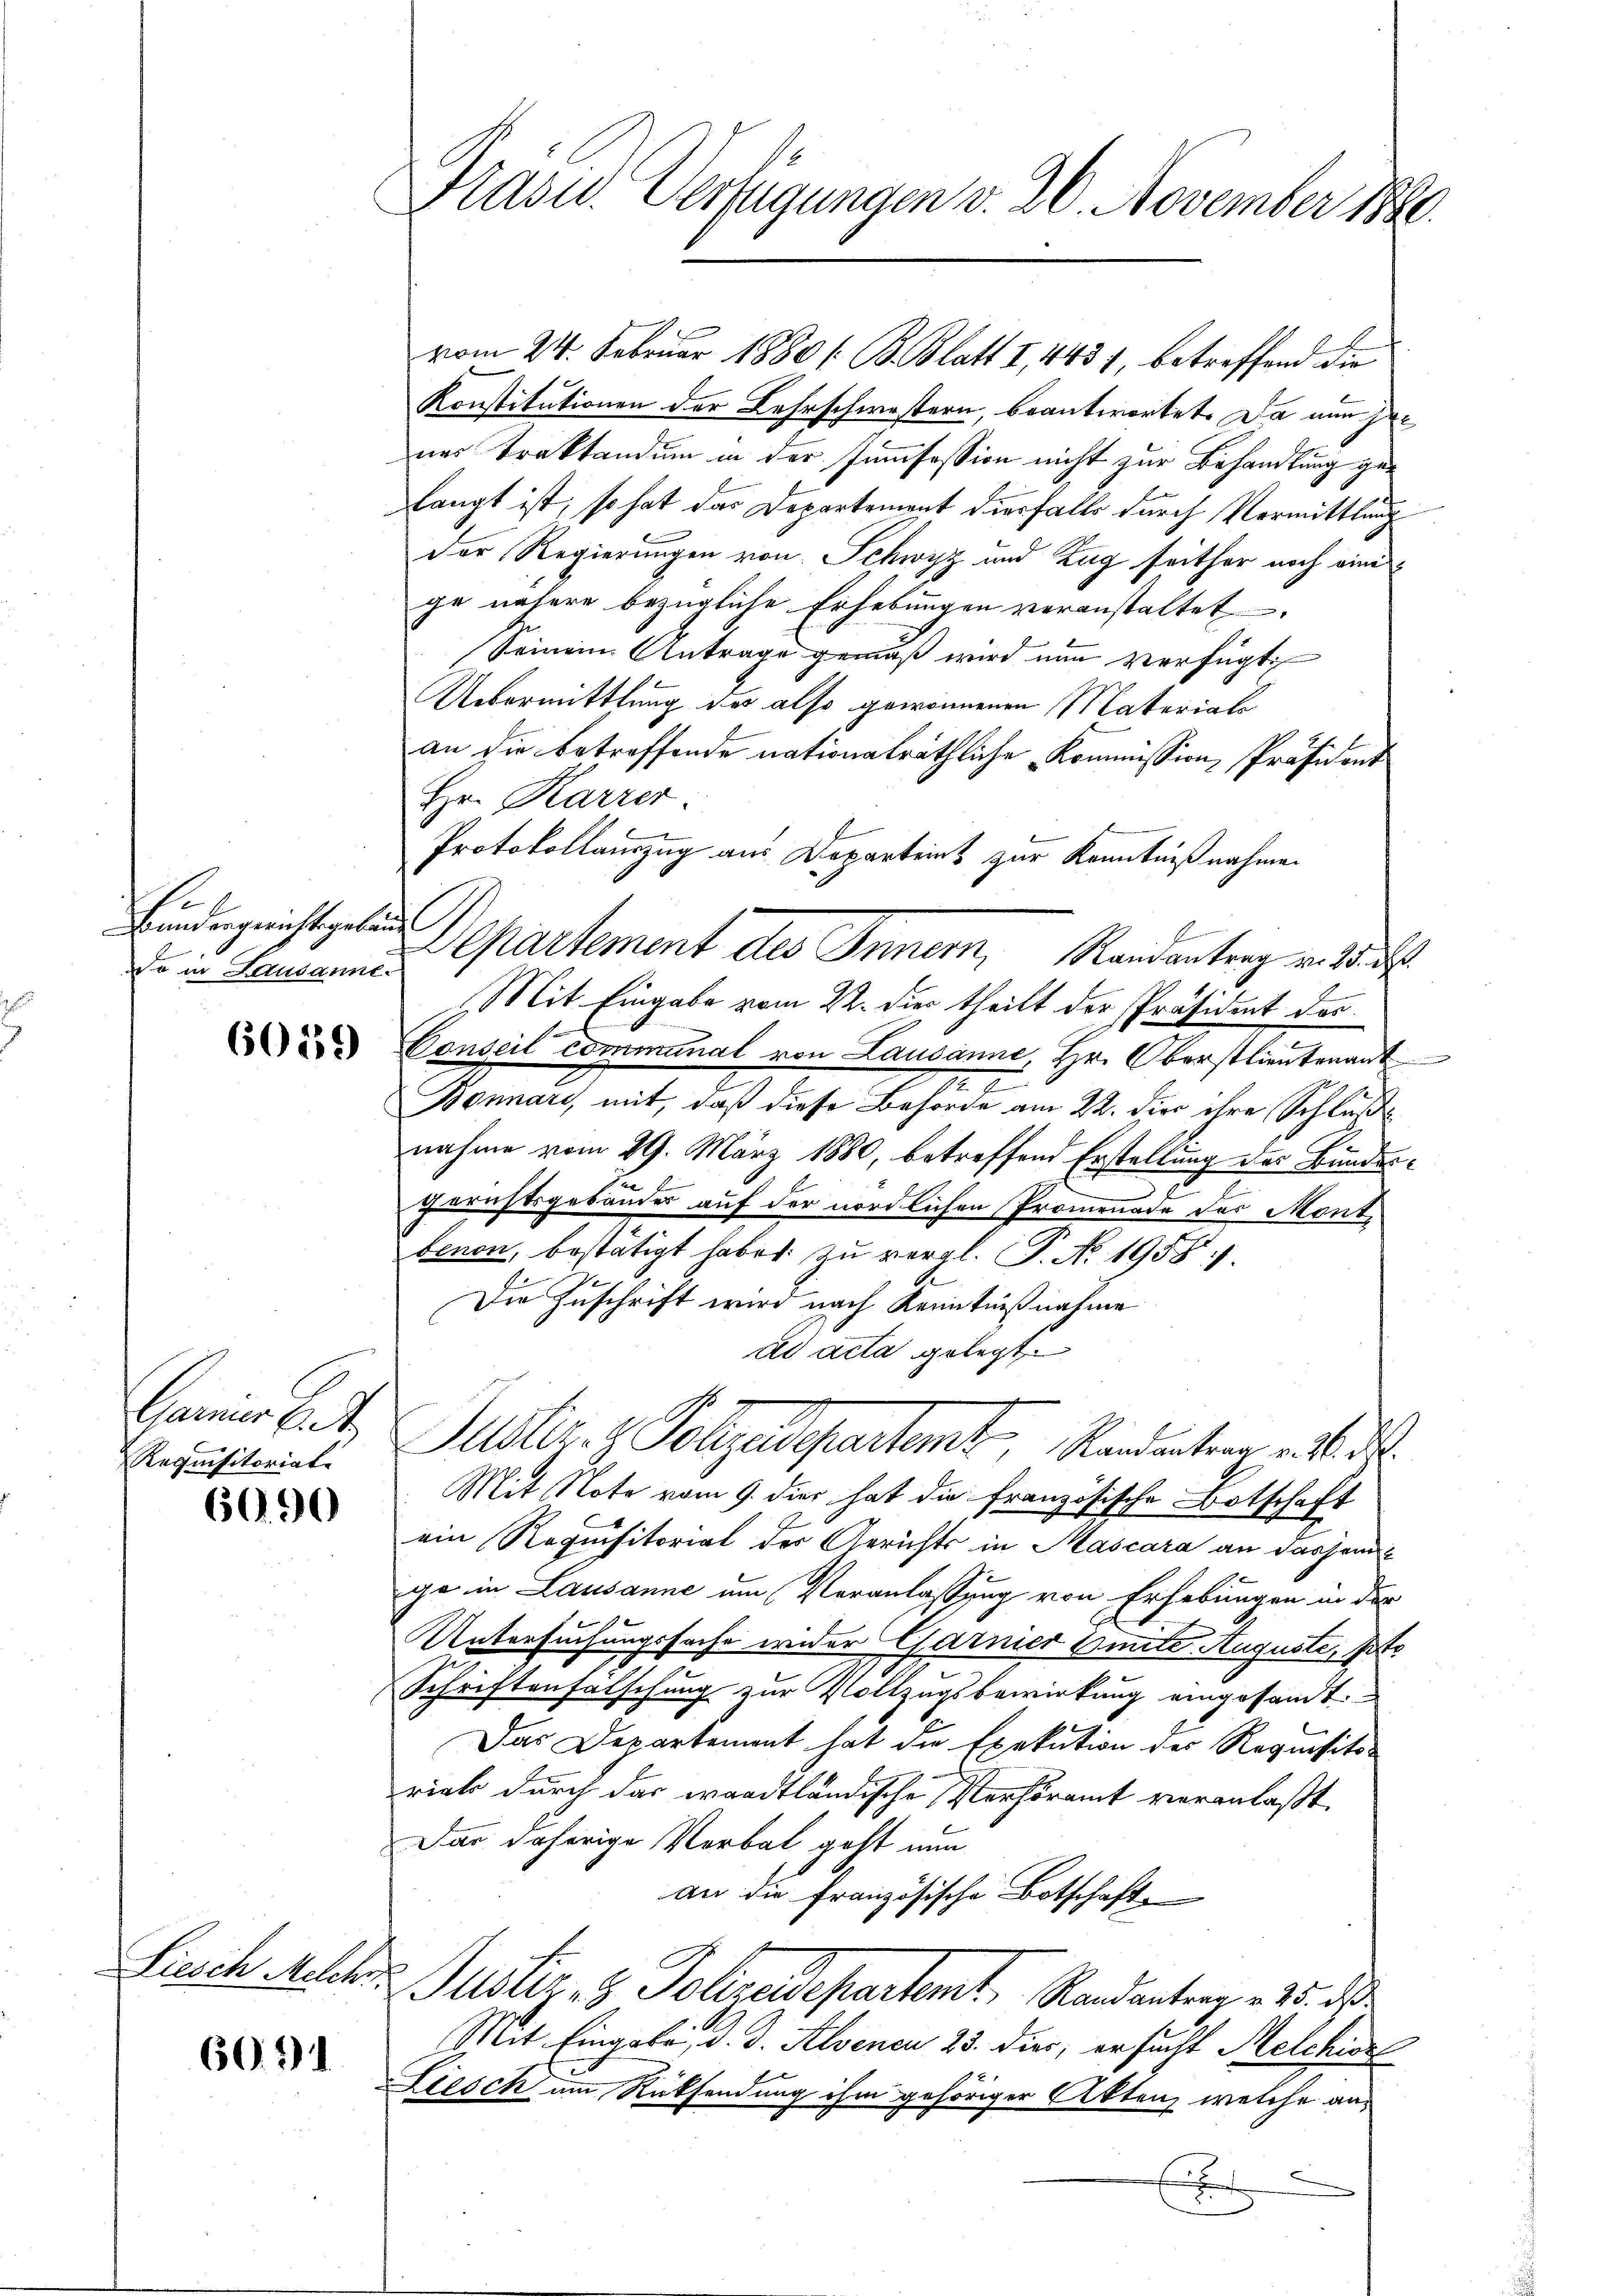
Bundergerichtsgebaue
o in Lausanne.

6059

Garmier bet
Requisitoriate

6090

6091

Präver Verfügungen v. 26. November 1890.

vom 24. Februar 1880 / B. Blatt I,4431, betreffend die
Konstitutionen der Lehrschwestern, beantwortet. Da nun gener Traktandum in der Jummfession nicht zur Behandlung gelangt ist, so hat das Departement diesfalls durch Vermittlung
Der Regierungen von Schwyz und Zug seither noch einige nähere bezügliche Erhebungen veranstaltet.
Seinem Antrage gemäß wird nun verfügt:
Uebermittlung des also gewonnenen Materials
an die betreffende nationalräthliche Kommission, Präsident
Hr. Karzer
Protokollauszug aus Departeient zur Kenntnißnahmen
Departement des Inner, Randantrag v. 3. d.
Mit Eingabe vom 22. dies theilt der Präsident des
Conseil communal von Lausanne, Hr. Oberstlieutenant
2
Bonnare, mit, daß diese Behörde am 22. die ihre Schluß
nahme vom 29. März 1880, betreffend Erstellung des Bundese
gerichtsgebäudes auf der nördlichen Promenade des Mont
benen, bestätigt habe zu vergl. P. No. 1958.
Die Zuschrift wird nach Kenntnißnahme
ad acta gelegt
Justiz- & Polyedepartemt, Randantern v. 1. d.
Mit Note vom 9. die hat die französische Botschaft
ein Requisitorial der Gerichts in Mascara an dasjenige in Lausanne um Veranlassung von Erhebungen in der
E
Untersuchungssache wider Garnier Winte Auguste, ste
Schriftenfalschung zur Vollzugsbewirkung eingesandt.
Das Departement hat die Exekution des Requisito-
rick durch das waadtländische Verhöramt veranlaßt.
Das daherige Verbal geht nun
an die französische Botschaft
Liesch Melcher Justiz- & Polizeidepartemt. Randantrag v. 25. dass
Mit Eingabe, d. d. Alsenen 25. Dier, ersucht Melchiss
d
Liesch um Rücksendung ihm gehöriger Akten, welche aus
E